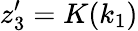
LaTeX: z_{3}^{\prime}=K(k_{1})